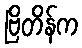
ဗြိတိန်က